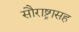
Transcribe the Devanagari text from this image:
सौराष्ट्रासह